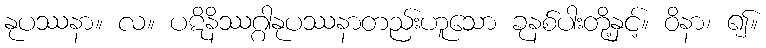
နုပဿနာ။ လ။ ပဋိနိဿဂ္ဂါနုပဿနာတည်းဟူသော ခုနစ်ပါးတို့နှင့်။ ဝိနာ၊ ၍။